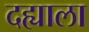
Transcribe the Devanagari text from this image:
दह्याला